Assam Mental Hospital (Tezpur, India) - 1933-1948
Year: 1933
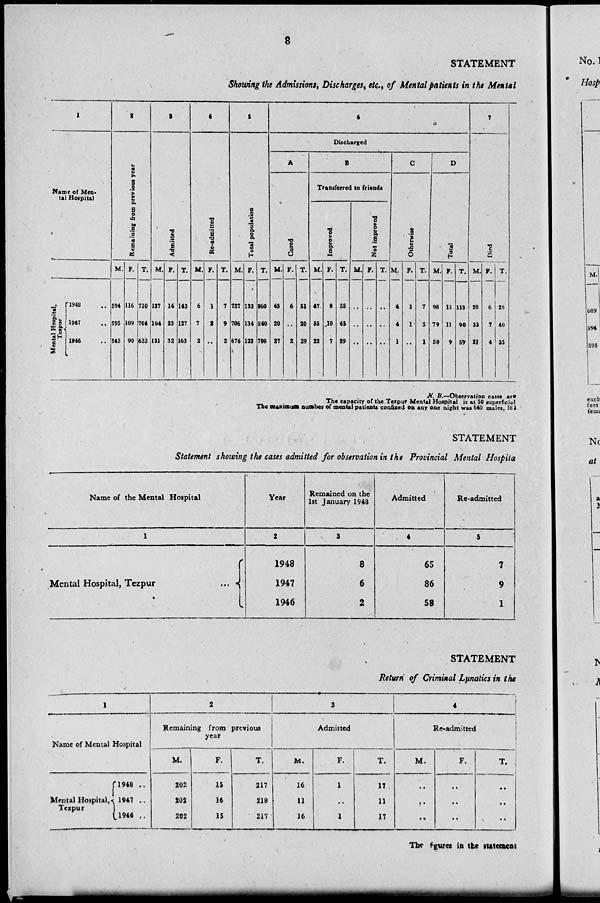
8
STATEMENT
Showing the Admissions, Discharges, etc., of Mental patients in the Mental
1
Name of Men-
tal Hospital
Mental Hospital,
Tezpur
1948 ..
1947 ..
1946 ..
2
Remaining from previous year
M.
594
595
543
F.
116
109
90
T.
710
704
633
3
Admitted
M.
127
104
131
F.
16
23
32
T.
143
127
163
4
Re-admitted
M.
6
7
2
F.
1
2
..
T.
7
9
2
5
Total
population
M.
727
706
676
F.
133
134
122
T.
860
840
798
6
Discharged
A
Cured
M.
45
20
27
F.
6
..
2
T.
51
20
29
B
Transferred to friends
Improved
M.
47
55
22
F.
8
10
7
T.
55
65
29
Not improved
M.
..
..
..
F.
..
..
..
T.
..
..
..
C
Otherwise
M.
6
4
1
F.
1
1
..
T.
7
5
1
D
Total
M.
98
79
50
F.
15
11
9
T.
113
90
59
7
Died
M.
20
33
31
F.
6
7
4
T.
26
40
35
N. B.—Observation cases are
The capacity of the Tezpur Mental Hospital is at 50 superficial
The maximum number of mental patients confined on any one night was 640 males, 184
STATEMENT
Statement showing the cases admitted for observation in the Provincial Mental Hospital
Name of the Mental Hospital
1
Mental Hospital, Tezpur
...
Year
2
1948
1947
1946
Remained on the
1st January 1948
3
8
6
2
Admitted
4
65
86
58
Re-admitted
5
7
9
1
STATEMENT
Return of Criminal Lunatics in the
1
Name of Mental Hospital
Mental Hospital,
Tezpur
1948 ..
1947 ..
1946 ..
2
Remaining from previous
year
M.
202
202
202
F.
15
16
15
T.
217
218
217
3
Admitted
M.
16
11
16
F.
1
..
1
T.
17
11
17
4
Re-admitted
M.
..
..
..
F.
..
..
..
T.
..
..
..
The figures in the statement